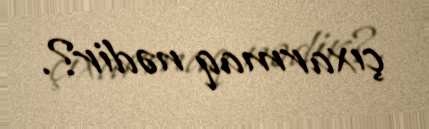
çıxarmaq nədir?.